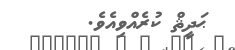
ޙަދީޘް ކުރެއްވިއެވެ.